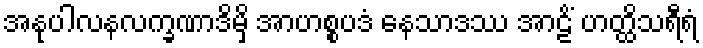
အနုပါလနလက္ခဏာဒိမှိ အာဟစ္စပဒံ နေသာဒဿ အာဠိံ ဟတ္ထိသရီရံ